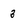
Character: 3